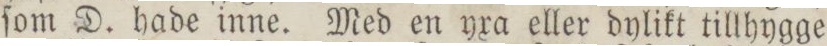
ſom D. hade inne. Med en yxa eller dylikt tillhygge